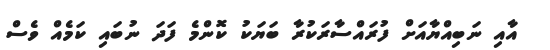
އާއި ނަބިއްޔާއަށް ފުރައްސާރަކުރާ ބަޔަކު ކޮންމެ ފަދަ ނުބައި ކަމެއް ވެސް